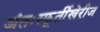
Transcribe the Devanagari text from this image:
अंतःस्फूर्तीखेरीज